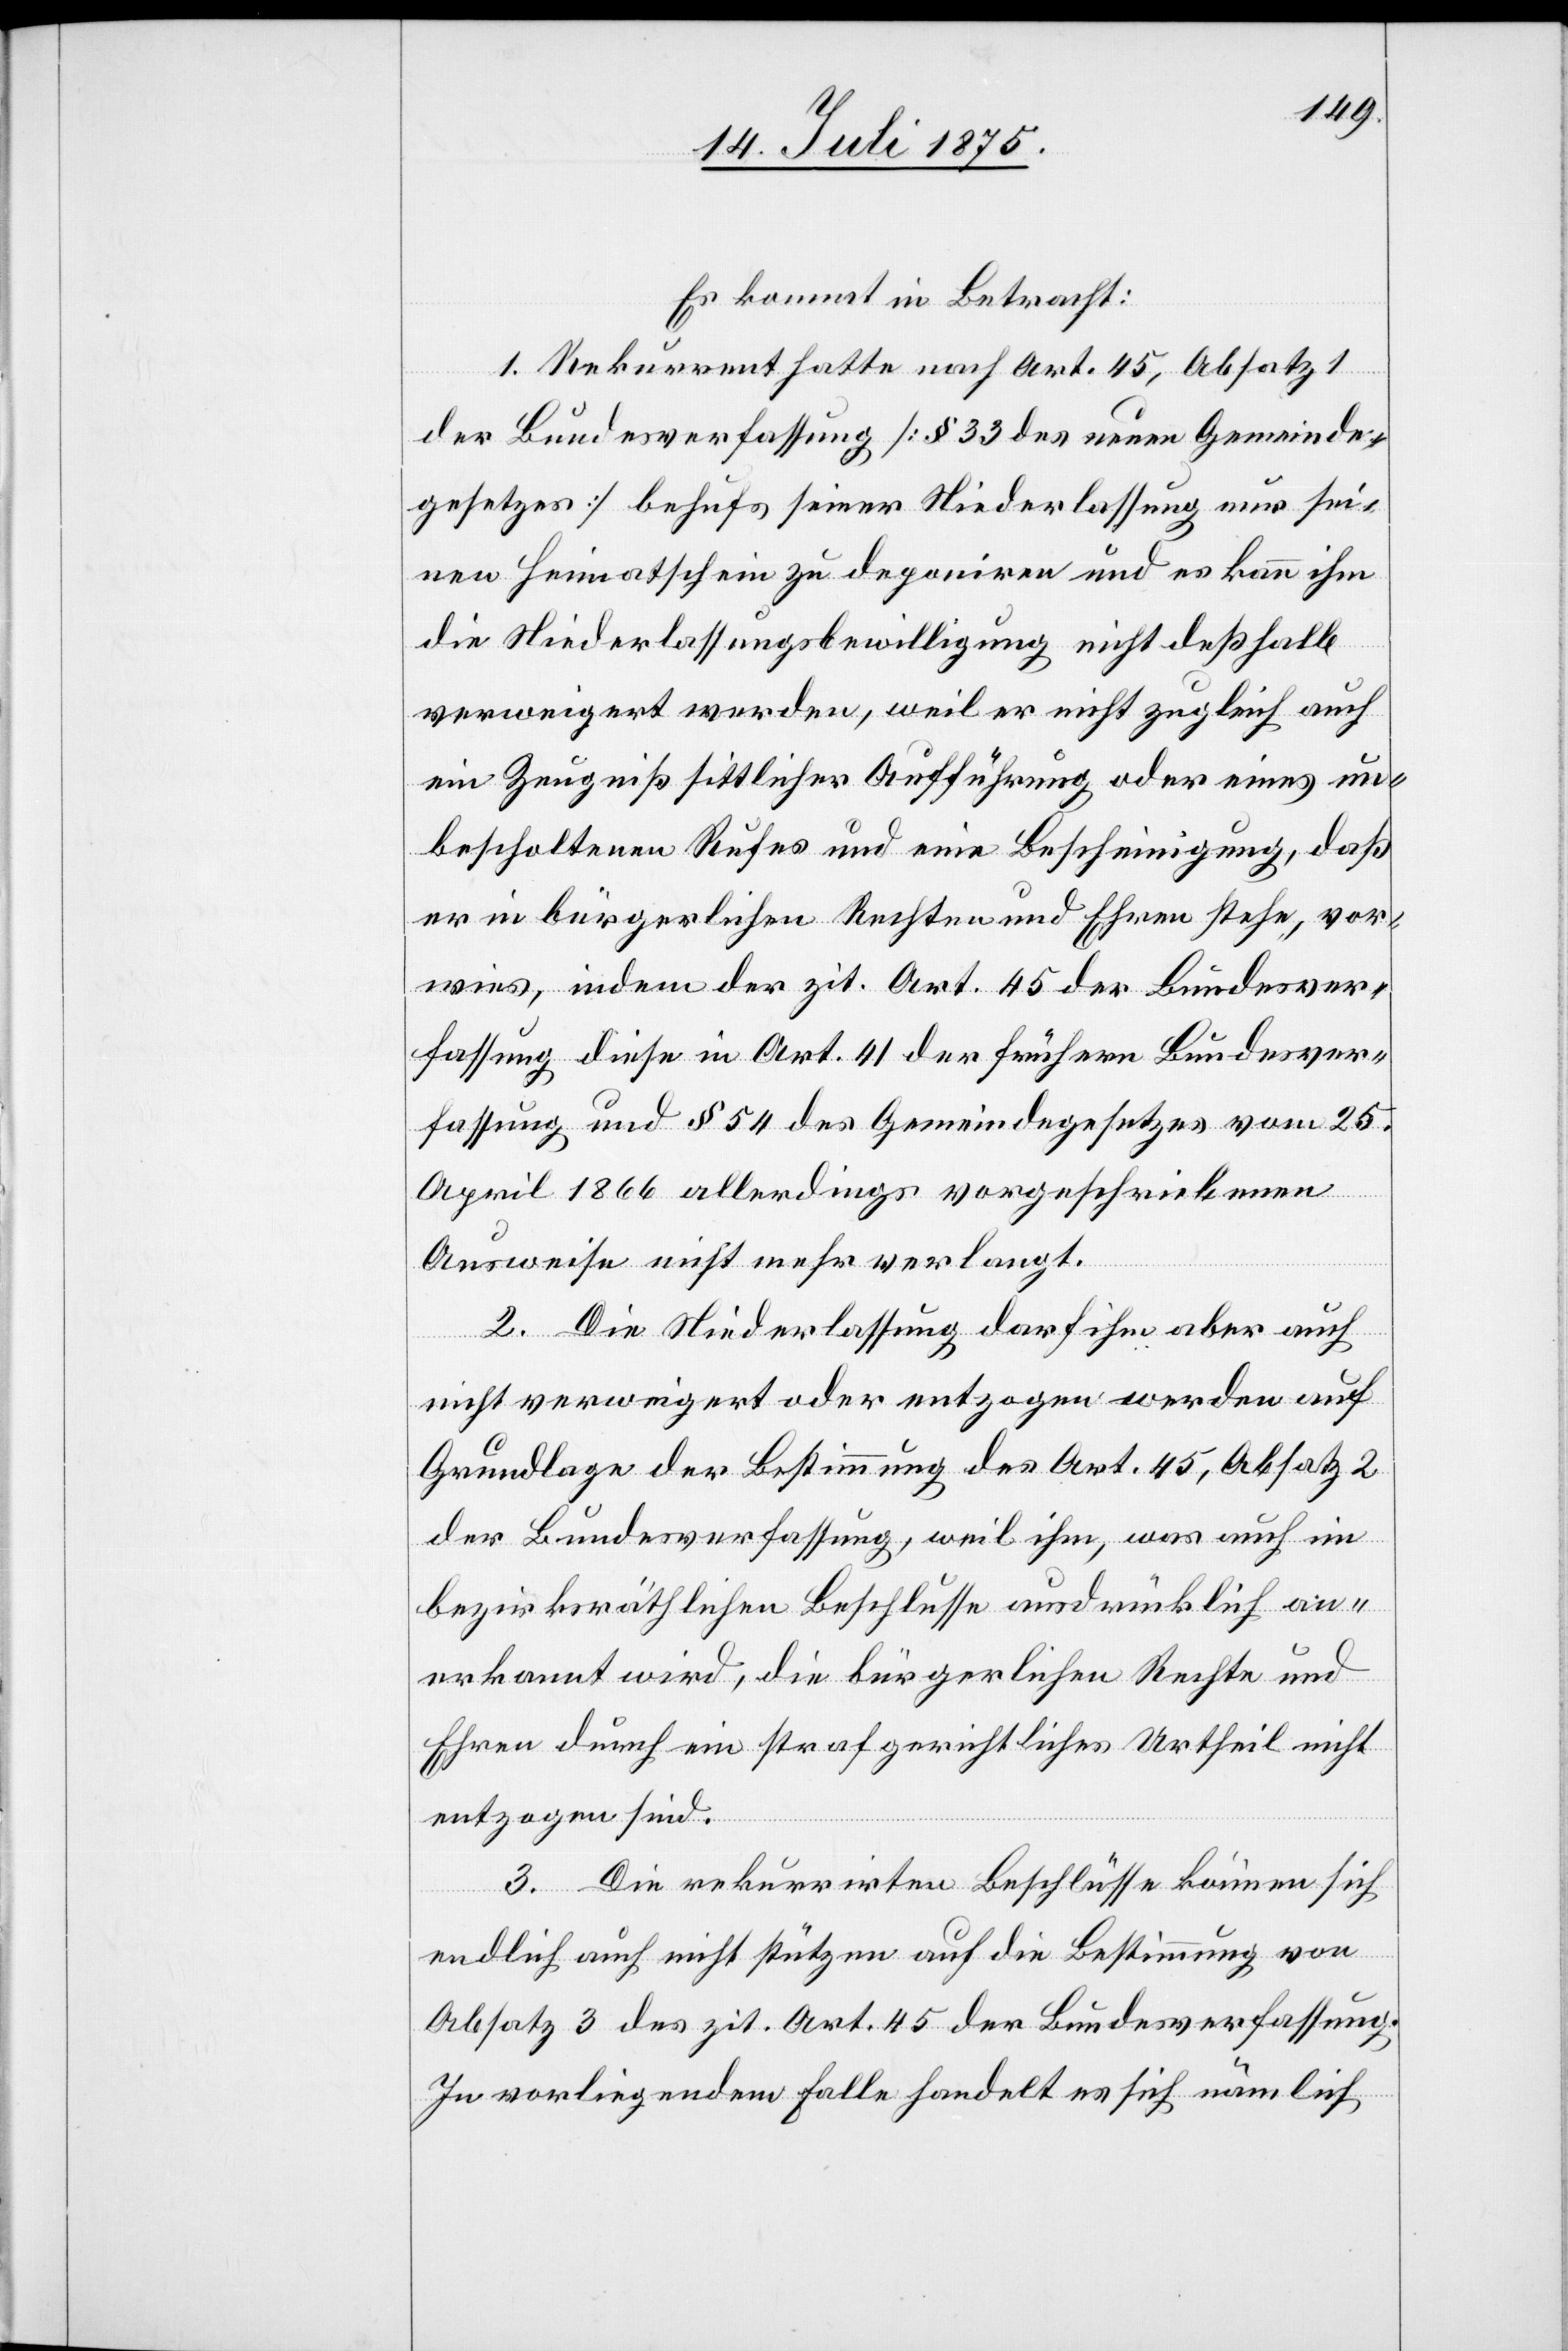
Es kommt in Betracht:
1. Rekurrent hatte nach Art. 45, Absatz 1
der Bundesverfassung [§ 33 des neuen Gemeinde¬
gesetzes] behufs seiner Niederlassung nur sei¬
nen Heimatschein zu deponiren und es kann ihm
die Niederlassungsbewilligung nicht deßhalb
verweigert werden, weil er nicht zugleich auch
ein Zeugniß sittlicher Aufführung oder eines un¬
bescholtenen Rufes und eine Bescheinigung, daß
er in bürgerlichen Rechten und Ehren stehe, vor¬
wies, indem der zit. Art 45 der Bundesver¬
fassung diese in Art. 41 der frühern Bundesver¬
fassung und § 54 des Gemeindegesetzes vom 25.
April 1866 allerdings vorgeschriebenen
Ausweise nicht mehr verlangt.
2. Die Niederlassung darf ihm aber auch
nicht verweigert oder entzogen werden auf
Grundlage der Bestimmung des Art. 45, Absatz 2
der Bundesverfassung, weil ihm, was auch im
bezirksräthlichen Beschlusse ausdrücklich an¬
erkannt wird, die bürgerlichen Rechte und
Ehren durch ein strafgerichtliches Urtheil nicht
entzogen sind.
3. Die rekurrirten Beschlüsse können sich
endlich auch nicht stützen auf die Bestimmung von
Absatz 3 des zit. Art. 45 der Bundesverfassung.
In vorliegendem Falle handelt es sich nämlich